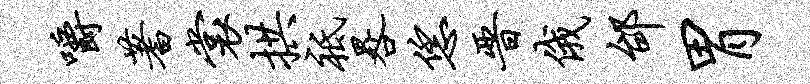
嚼蓍裳拱祗晷恁晋俄邰胃